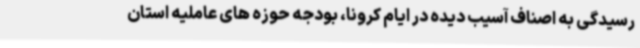
رسیدگی به اصناف آسیب دیده در ایام کرونا، بودجه حوزه های عاملیه استان